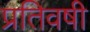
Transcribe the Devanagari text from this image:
प्रतिवषी